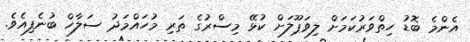
އެންމެ ބޮޑު ހިތްވަރުކަމަށް ލިވަޕޫލަށް ކުޅޭ މިސްރުގެ ތަރި މުހައްމަދު ސަލާހް ބުނެފިއެވެ.